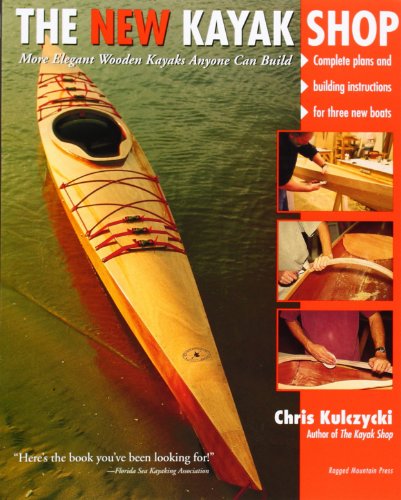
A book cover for The New Kayak Shop: More Elegant Wooden Kayaks Anyone Can Build; Chris Kulczycki; Sports & Outdoors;